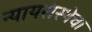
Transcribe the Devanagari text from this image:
न्यायसंस्थेचा